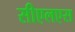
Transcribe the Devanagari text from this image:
सीएलएस